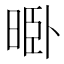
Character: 𱢊